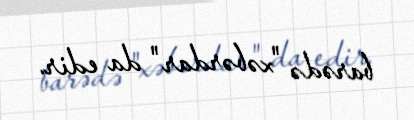
barədə "xəbərdar" da edir.